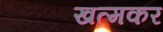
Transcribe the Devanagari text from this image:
खत्मकर